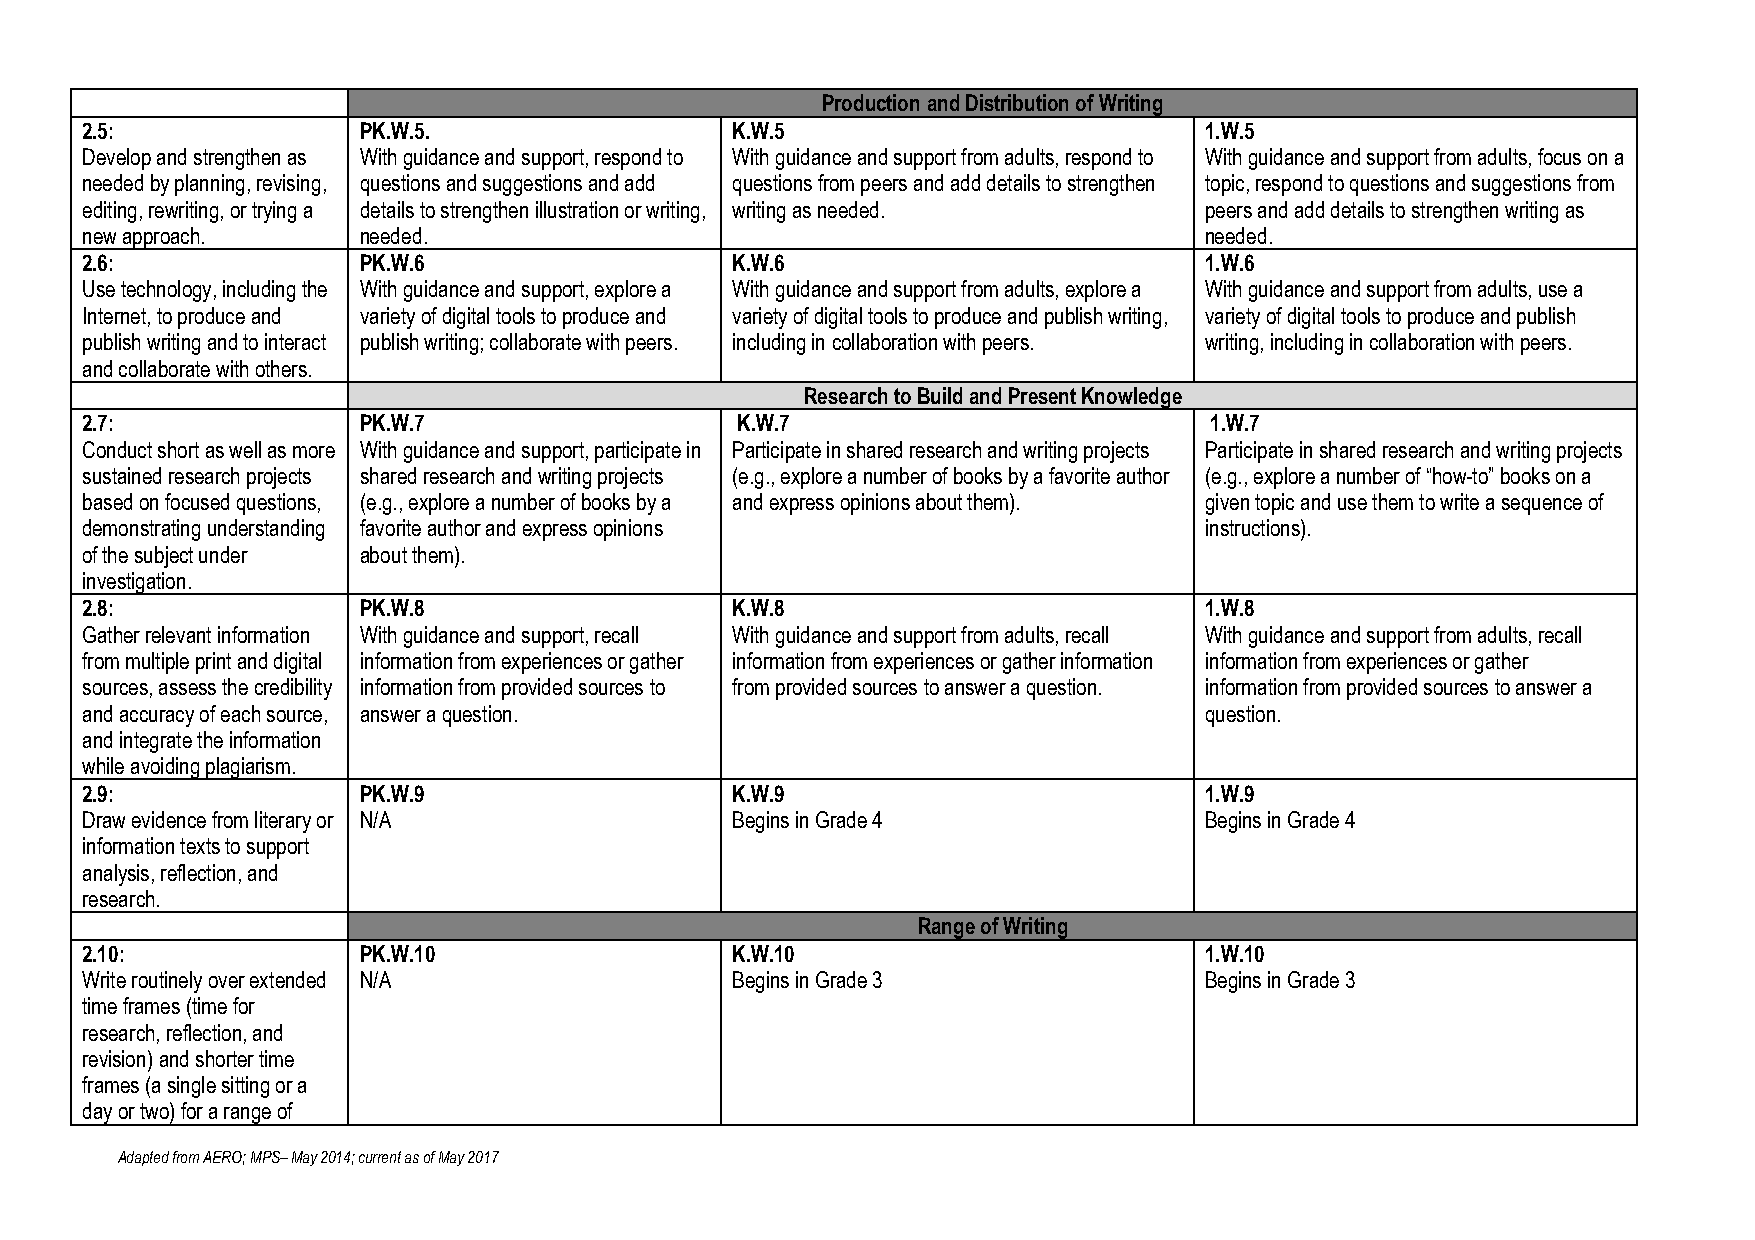
Production and Distribution of Writing
 2.5:               PK.W.5.                 K.W.5                           1.W.5
 Develop and strengthen as With guidance and support, respond to With guidance and support from adults, respond to With guidance and support from adults, focus on a
 needed by planning, revising, questions and suggestions and add questions from peers and add details to strengthen topic, respond to questions and suggestions from
 editing, rewriting, or trying a details to strengthen illustration or writing, writing as needed. peers and add details to strengthen writing as
 new approach.      needed.                                                 needed.
 2.6:               PK.W.6                  K.W.6                           1.W.6
 Use technology, including the With guidance and support, explore a With guidance and support from adults, explore a With guidance and support from adults, use a
 Internet, to produce and variety of digital tools to produce and variety of digital tools to produce and publish writing, variety of digital tools to produce and publish
 publish writing and to interact publish writing; collaborate with peers. including in collaboration with peers. writing, including in collaboration with peers.
 and collaborate with others.
 Research to Build and Present Knowledge
 2.7:               PK.W.7                   K.W.7                          1.W.7
 Conduct short as well as more With guidance and support, participate in Participate in shared research and writing projects Participate in shared research and writing projects
 sustained research projects shared research and writing projects (e.g., explore a number of books by a favorite author (e.g., explore a number of “how-to” books on a
 based on focused questions, (e.g., explore a number of books by a and express opinions about them). given topic and use them to write a sequence of
 demonstrating understanding favorite author and express opinions           instructions).
 of the subject under about them).
 investigation.
 2.8:               PK.W.8                  K.W.8                           1.W.8
 Gather relevant information With guidance and support, recall With guidance and support from adults, recall With guidance and support from adults, recall
 from multiple print and digital information from experiences or gather information from experiences or gather information information from experiences or gather
 sources, assess the credibility information from provided sources to from provided sources to answer a question. information from provided sources to answer a
 and accuracy of each source, answer a question.                            question.
 and integrate the information
 while avoiding plagiarism.
 2.9:               PK.W.9                  K.W.9                           1.W.9
 Draw evidence from literary or N/A         Begins in Grade 4               Begins in Grade 4
 information texts to support
 analysis, reflection, and
 research.
 Range of Writing
 2.10:              PK.W.10                 K.W.10                          1.W.10
 Write routinely over extended N/A          Begins in Grade 3               Begins in Grade 3
 time frames (time for
 research, reflection, and
 revision) and shorter time
 frames (a single sitting or a
 day or two) for a range of
 Adapted from AERO; MPS– May 2014; current as of May 2017